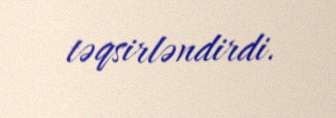
təqsirləndirdi.